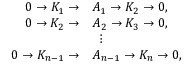
{ \begin{array} { r l } { 0 \rightarrow K _ { 1 } \rightarrow } & { A _ { 1 } \rightarrow K _ { 2 } \rightarrow 0 , } \\ { 0 \rightarrow K _ { 2 } \rightarrow } & { A _ { 2 } \rightarrow K _ { 3 } \rightarrow 0 , } \\ & { \ \, \vdots } \\ { 0 \rightarrow K _ { n - 1 } \rightarrow } & { A _ { n - 1 } \rightarrow K _ { n } \rightarrow 0 , } \end{array} }